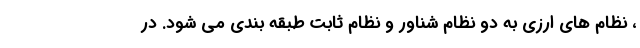
، نظام های ارزی به دو نظام شناور و نظام ثابت طبقه بندی می شود. در